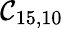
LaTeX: \mathcal{C}_{15,10}